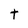
Character: t